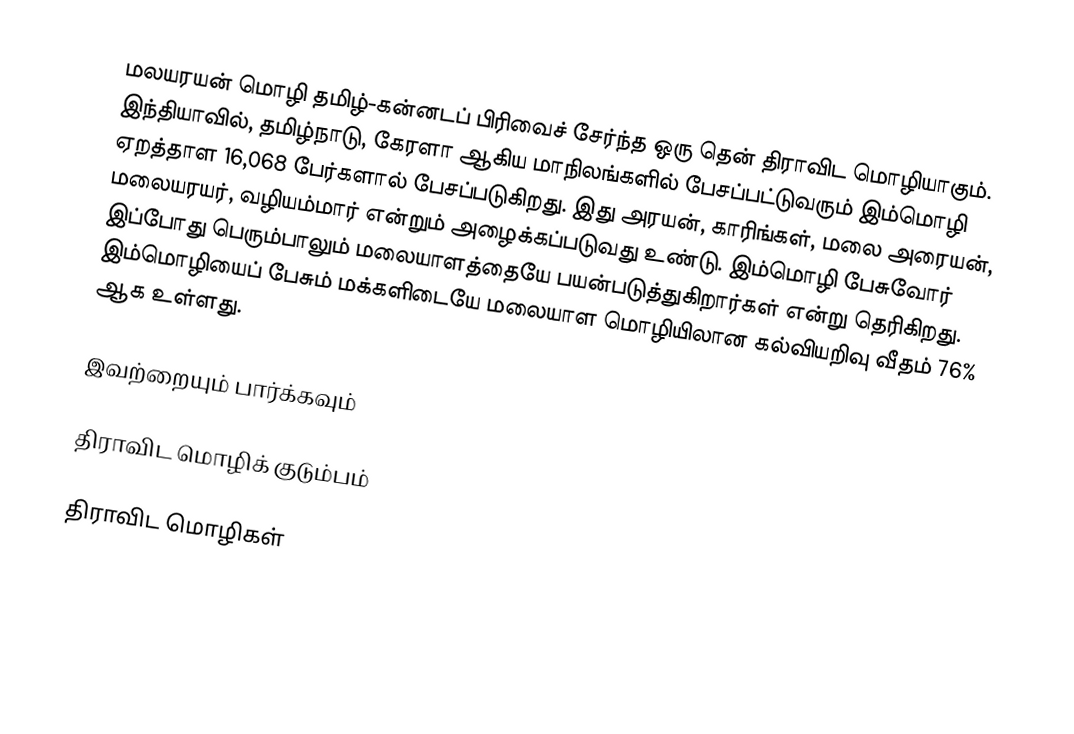
மலயரயன் மொழி தமிழ்-கன்னடப் பிரிவைச் சேர்ந்த ஒரு தென் திராவிட மொழியாகும். இந்தியாவில், தமிழ்நாடு, கேரளா ஆகிய மாநிலங்களில் பேசப்பட்டுவரும் இம்மொழி ஏறத்தாள 16,068 பேர்களால் பேசப்படுகிறது. இது அரயன், காரிங்கள், மலை அரையன், மலையரயர், வழியம்மார் என்றும் அழைக்கப்படுவது உண்டு. இம்மொழி பேசுவோர் இப்போது பெரும்பாலும் மலையாளத்தையே பயன்படுத்துகிறார்கள் என்று தெரிகிறது. இம்மொழியைப் பேசும் மக்களிடையே மலையாள மொழியிலான கல்வியறிவு வீதம் 76% ஆக உள்ளது.

இவற்றையும் பார்க்கவும்

 திராவிட மொழிக் குடும்பம்

திராவிட மொழிகள்